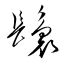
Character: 鬟